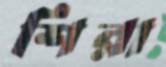
শিরা